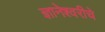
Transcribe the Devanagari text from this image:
ज्ञानेश्‍वरीचे